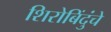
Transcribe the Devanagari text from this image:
शिरोबिंदुंचे